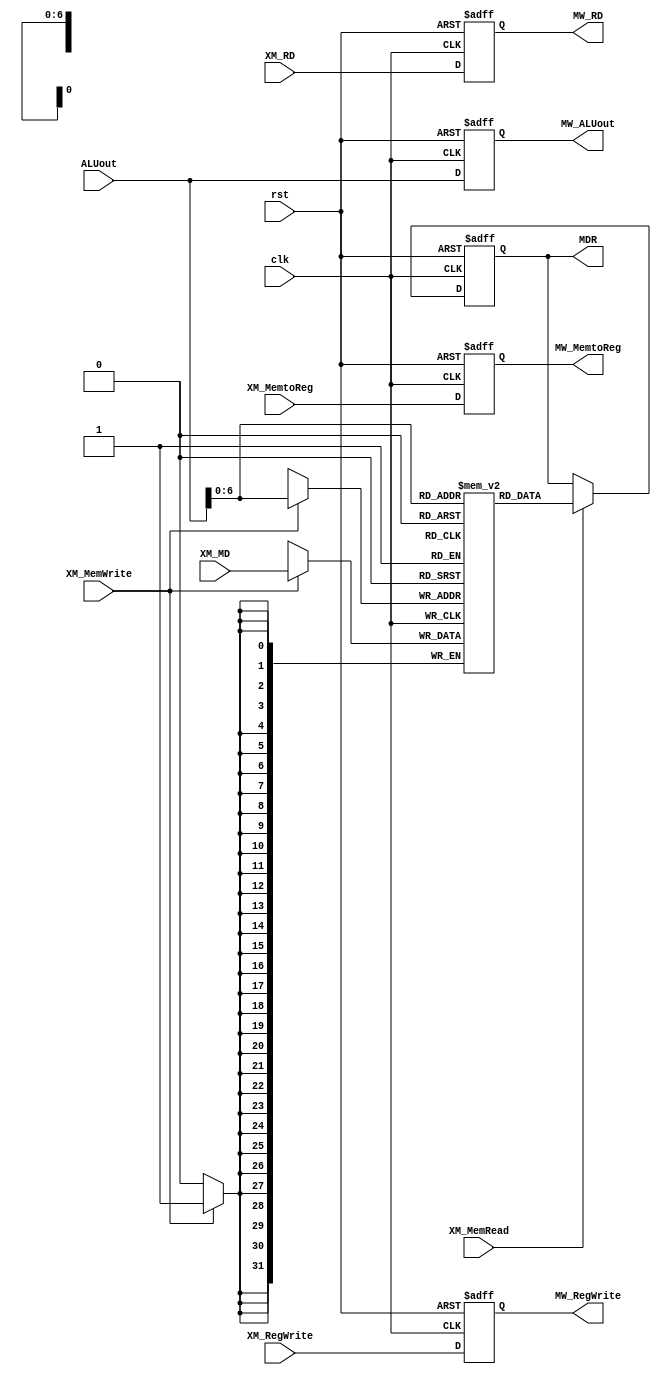
`timescale 1ns/1ps

module MEMORY(
	clk,
	rst,
	XM_MemtoReg,
	XM_RegWrite,
	XM_MemRead,
	XM_MemWrite,
	ALUout,
	XM_RD,
	XM_MD,

	MW_MemtoReg,
	MW_RegWrite,
	MW_ALUout,
	MDR,
	MW_RD
);
input clk, rst, XM_MemtoReg, XM_RegWrite, XM_MemRead, XM_MemWrite;

input [31:0] ALUout;
input [4:0] XM_RD;
input [31:0] XM_MD;


output reg MW_MemtoReg, MW_RegWrite;
output reg [31:0]	MW_ALUout, MDR;
output reg [4:0]	MW_RD;

//data memory
reg [31:0] DM [0:127];

always @(posedge clk)
	if(XM_MemWrite)
		DM[ALUout[6:0]] <= XM_MD;

always @(posedge clk or posedge rst)
	if (rst) begin
		MW_MemtoReg 		<= 1'b0;
		MW_RegWrite 		<= 1'b0;
		MDR					<= 32'b0;
		MW_ALUout			<= 32'b0;
		MW_RD				<= 5'b0;
	end
	else begin
		MW_MemtoReg 		<= XM_MemtoReg;
		MW_RegWrite 		<= XM_RegWrite;
		MDR					<= (XM_MemRead)?DM[ALUout[6:0]]:MDR;
		MW_ALUout			<= ALUout;
		MW_RD 				<= XM_RD;
	end

endmodule